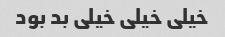
خیلی خیلی خیلی بد بود